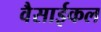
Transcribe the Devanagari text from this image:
वैसाईकल